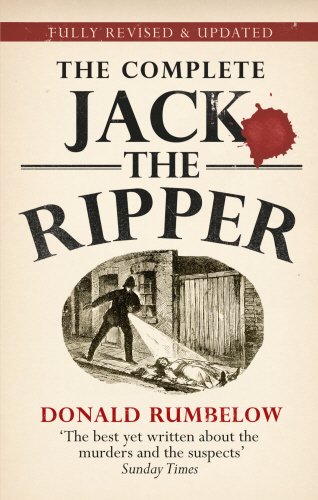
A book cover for The Complete Jack the Ripper; Donald Rumbelow; Biographies & Memoirs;